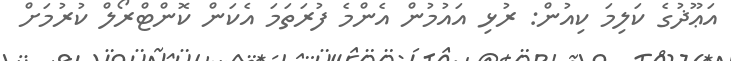
އަޢޫޛުގެ ކަލިމަ ކިއުން: ރުޅި އައުމުން އެންމެ ފުރަތަމަ އެކަން ކޮންޓްރޯލް ކުރުމަށް